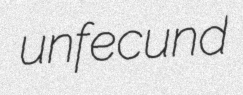
unfecund